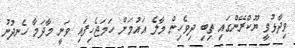
ވިދާޅުވީ ޔޫކްރޭންގައި ތިބި ދިވެހިން މާލެ އައުމަށް ހަމަޖެހިފައި ވަނީ މާދަމާ ހެނދުނު